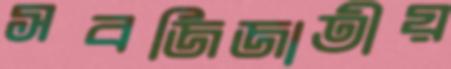
সবজিজাতীয়